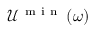
\mathcal { U } ^ { \mathrm { ~ m ~ i ~ n ~ } } \left( \omega \right)